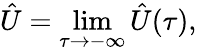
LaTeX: \hat{U}=\operatorname*{lim}_{\tau\to-\infty}\hat{U}(\tau),